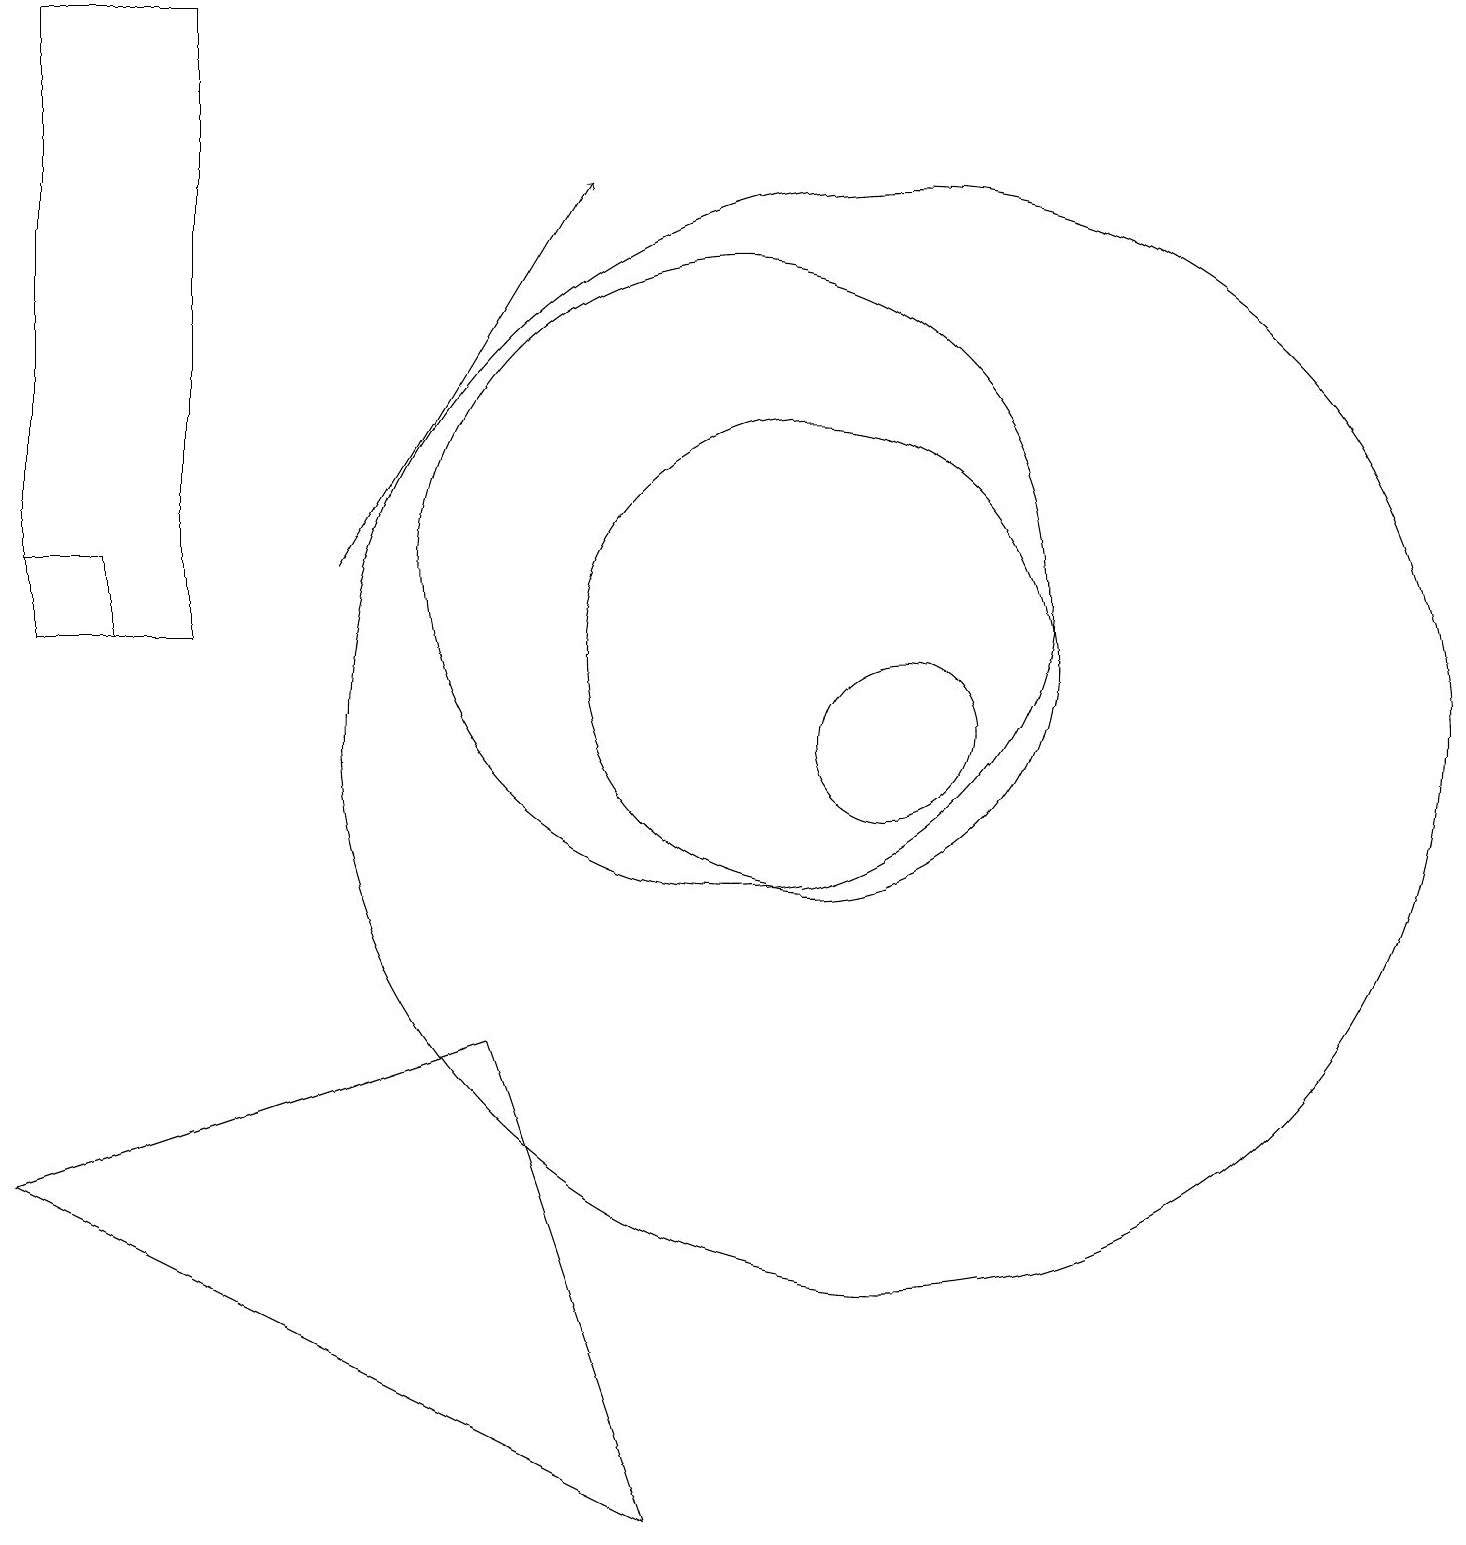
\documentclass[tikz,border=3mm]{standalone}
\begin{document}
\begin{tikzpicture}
\draw (10,12) circle (4);
\draw (1,19) rectangle (3,11);
\draw (12,10) circle (1);
\draw (2,11) rectangle (1,12);
\draw (12,10) circle (7);
\draw[->] (5,12) -- (8,17);
\draw (9,0) -- (1,4) -- (7,6) -- cycle;
\draw (11,11) circle (3);
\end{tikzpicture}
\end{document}